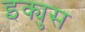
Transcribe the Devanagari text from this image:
इक्युस